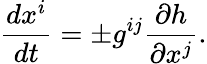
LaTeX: {\frac{dx^{i}}{dt}}=\pm g^{ij}{\frac{\partial h}{\partial x^{j}}}.